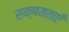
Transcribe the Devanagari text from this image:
सक्षमताएँ